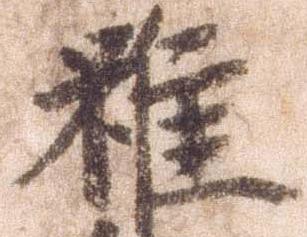
雖